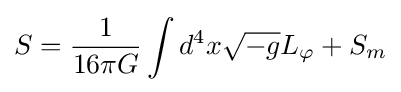
S={1 \over 16\pi G}\int d^{4}x{\sqrt {-g}}L_{\varphi }+S_{m}